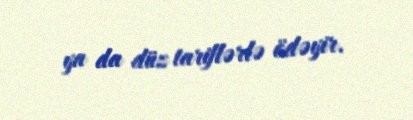
ya da düz tariflərlə ödəyir.